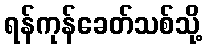
ရန်ကုန်ခေတ်သစ်သို့